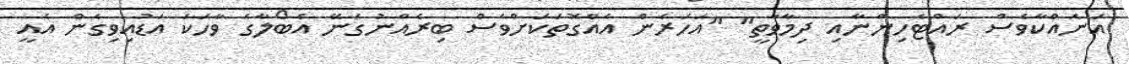
އަނެއްކާވެސް ރައްޓެހިންނާއި ދިމާވާތީ" "އަހަރެން އެއްގޮތަކަށްވެސް ބިރެއްނުގަނޭ އެބޯލާގެ ވާހަކަ އަޑުއިވިގެން އެއީ